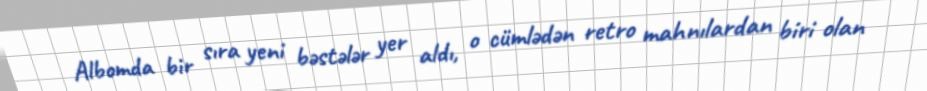
Albomda bir sıra yeni bəstələr yer aldı, o cümlədən retro mahnılardan biri olan